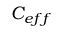
C _ { e f f }